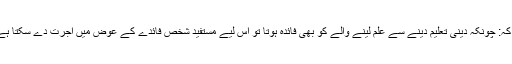
اور جو علمائے کرام اسے جائز کہتے ہیں ، ان کا کہنا ہے کہ: چونکہ دینی تعلیم دینے سے علم لینے والے کو بھی فائدہ ہوتا تو اس لیے مستفید شخص فائدے کے عوض میں اجرت دے سکتا ہے ، جیسے کہ دیگر خدمات کے عوض میں اجرت دیتا ہے۔